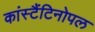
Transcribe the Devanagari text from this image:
कांस्टैंटिनोपल